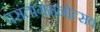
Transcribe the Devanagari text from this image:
वसंतागमनोत्सव